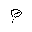
Letter: _mim